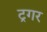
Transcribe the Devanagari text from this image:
ट्रगर